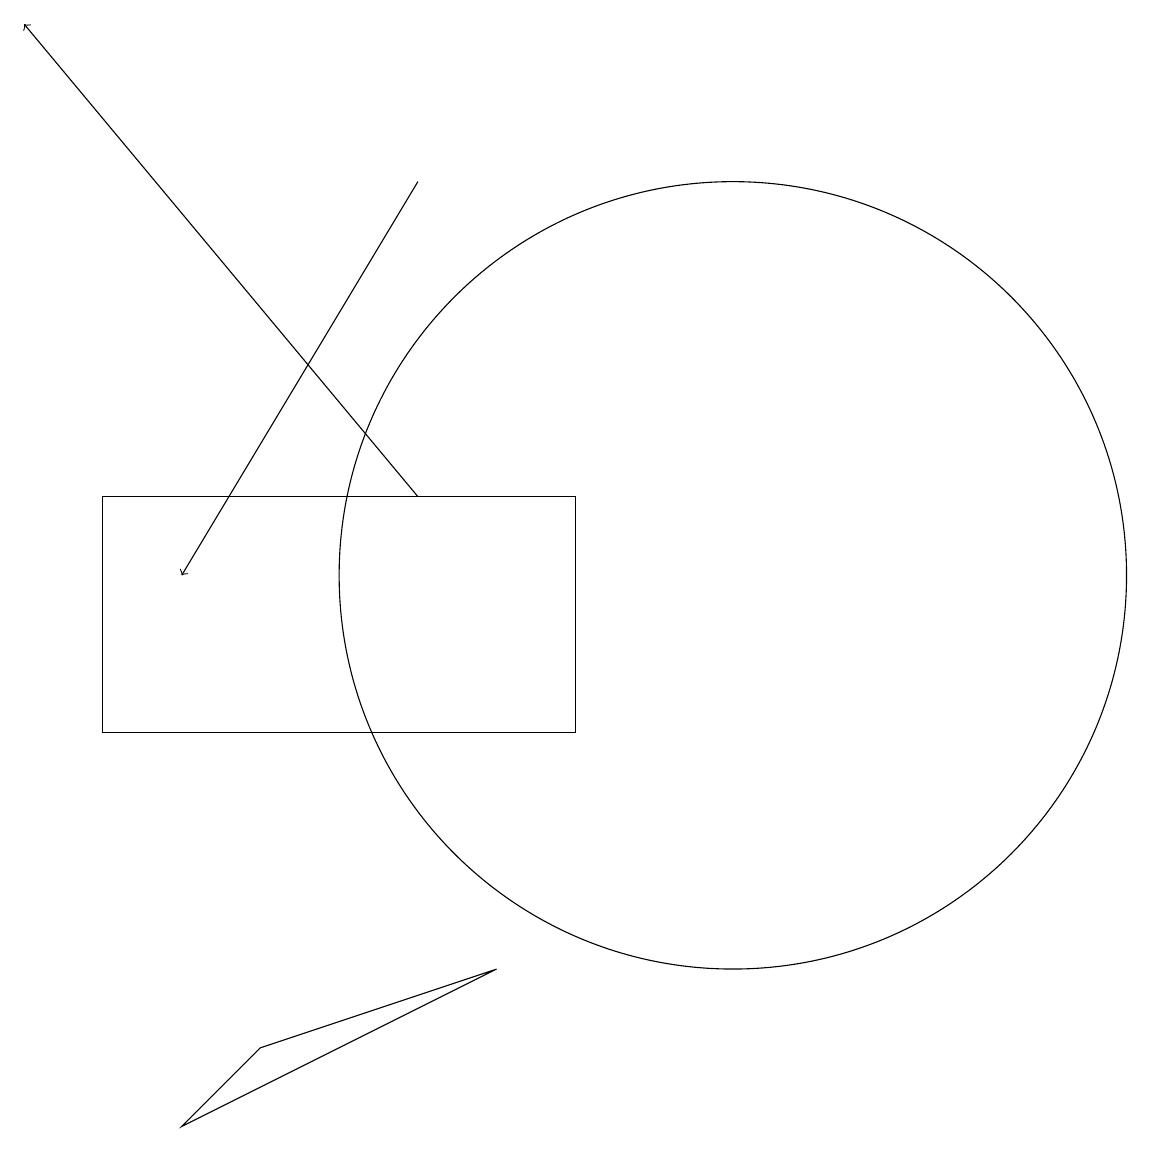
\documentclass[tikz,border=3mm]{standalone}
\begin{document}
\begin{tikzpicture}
\draw (3,10) rectangle (9,13);
\draw[->] (7,17) -- (4,12);
\draw (8,7) -- (5,6) -- (4,5) -- cycle;
\draw[->] (7,13) -- (2,19);
\draw (11,12) circle (5);
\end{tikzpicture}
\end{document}